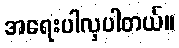
အရေးပါလှပါတယ်။